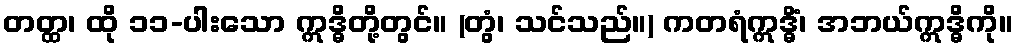
တတ္ထ၊ ထို ၁၁-ပါးသော ဣဒ္ဓိတို့တွင်။ (တွံ၊ သင်သည်။) ကတရံဣဒ္ဓိံ၊ အဘယ်ဣဒ္ဓိကို။